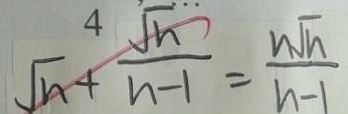
\sqrt { n } + \frac { \sqrt { n } } { n - 1 } = \frac { n \sqrt { n } } { n - 1 }